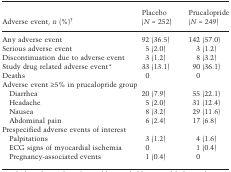
| Adverse event, n (%)† | Placebo (N = 252) | Prucalopride (N = 249) |
 | --- | --- | --- |
 | Any adverse event | 92 (36.5) | 142 (57.0) |
 | Serious adverse event | 5 (2.0) | 3 (1.2) |
 | Discontinuation due to adverse event | 3 (1.2) | 8 (3.2) |
 | Study drug related adverse event* | 33 (13.1) | 90 (36.1) |
 | Deaths | 0 | 0 |
 | <COLSPAN=3> Adverse event ≥5% in prucalopride group |
 | Diarrhea | 20 (7.9) | 55 (22.1) |
 | Headache | 5 (2.0) | 31 (12.4) |
 | Nausea | 8 (3.2) | 29 (11.6) |
 | Abdominal pain | 6 (2.4) | 17 (6.8) |
 | <COLSPAN=3> Prespecified adverse events of interest |
 | Palpitations | 3 (1.2) | 4 (1.6) |
 | ECG signs of myocardial ischemia | 0 | 1 (0.4) |
 | Pregnancy-associated events | 1 (0.4) | 0 |